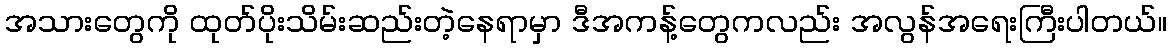
အသားတွေကို ထုတ်ပိုးသိမ်းဆည်းတဲ့နေရာမှာ ဒီအကန့်တွေကလည်း အလွန်အရေးကြီးပါတယ်။